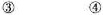
③ ④